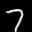
Label: 7